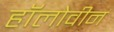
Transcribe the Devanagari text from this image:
हॉलोवीन